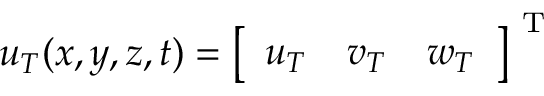
\boldsymbol { u } _ { T } ( x , y , z , t ) = \left[ \begin{array} { l l l } { u _ { T } } & { v _ { T } } & { w _ { T } } \end{array} \right] ^ { \mathrm { ~ T ~ } }